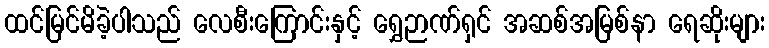
ထင်မြင်မိခဲ့ပါသည် လေစီးကြောင်းနှင့် ရွှေဉာဏ်ရှင် အဆစ်အမြစ်နာ ရေဆိုးများ